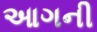
આગની